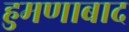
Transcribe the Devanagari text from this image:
हुमणाबाद